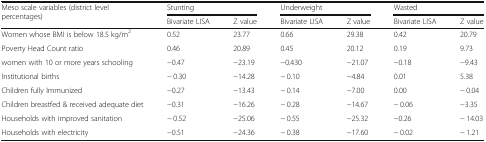
| <ROWSPAN=2> Meso scale variables (district level percentages) | <COLSPAN=2> Stunting | <COLSPAN=2> Underweight | <COLSPAN=2> Wasted |
 | Bivariate LISA | Z value | Bivariate LISA | Z value | Bivariate LISA | Z value |
 | --- | --- | --- | --- | --- | --- | --- |
 | Women whose BMI is below 18.5 kg/m2 | 0.52 | 23.77 | 0.66 | 29.38 | 0.42 | 20.79 |
 | Poverty Head Count ratio | 0.46 | 20.89 | 0.45 | 20.12 | 0.19 | 9.73 |
 | women with 10 or more years schooling | −0.47 | −23.19 | −0.430 | −21.07 | −0.18 | −9.43 |
 | Institutional births | − 0.30 | −14.28 | − 0.10 | −4.84 | 0.01 | 5.38 |
 | Children fully Immunized | −0.27 | −13.43 | − 0.14 | −7.00 | 0.00 | − 0.04 |
 | Children breastfed & received adequate diet | −0.31 | −16.26 | − 0.28 | −14.67 | − 0.06 | −3.35 |
 | Households with improved sanitation | − 0.52 | −25.06 | − 0.55 | −25.32 | −0.26 | − 14.03 |
 | Households with electricity | −0.51 | −24.36 | − 0.38 | −17.60 | − 0.02 | − 1.21 |